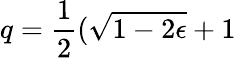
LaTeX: q=\frac{1}{2}(\sqrt{1-2\epsilon}+1